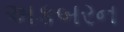
અકબરન